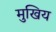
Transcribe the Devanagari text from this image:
मुखिय